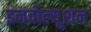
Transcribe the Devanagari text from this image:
इनवोल्यूशन